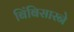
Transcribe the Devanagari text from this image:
बिंबिसारने